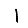
Digit: 1